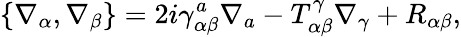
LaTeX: \{ \nabla_{\alpha},\nabla_{\beta}\} =2i\gamma_{\alpha\beta}^{a}\nabla_{a}-T_{\alpha\beta}^{\gamma}\nabla_{\gamma}+R_{\alpha\beta},